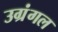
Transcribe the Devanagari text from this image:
उग्रंंगल